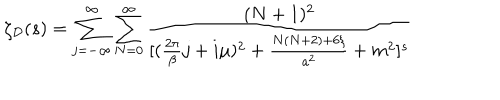
LaTeX: \zeta _ { \cal D } ( s ) = \sum _ { j = - \infty } ^ { \infty } \sum _ { N = 0 } ^ { \infty } { \frac { ( N + 1 ) ^ { 2 } } { [ ( { \frac { 2 \pi } { \beta } } j + i \mu ) ^ { 2 } + { \frac { N ( N + 2 ) + 6 \xi } { a ^ { 2 } } } + m ^ { 2 } ] ^ { s } } }